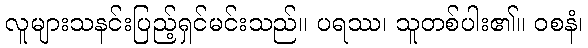
လူများသနင်းပြည့်ရှင်မင်းသည်။ ပရဿ၊ သူတစ်ပါး၏။ ဝစနံ၊